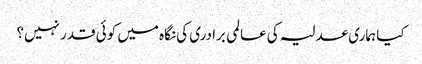
کیا ہماری عدلیہ کی عالمی برادری کی نگاہ میں کوئی قدر نہیں؟